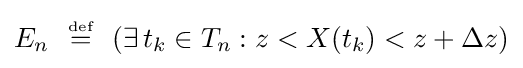
E_{n}\ \ {\overset {\underset {\mathrm {def} }{}}{=}}\ \ (\exists \,t_{k}\in T_{n}:z<X(t_{k})<z+\Delta z)